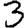
Digit: 3